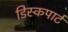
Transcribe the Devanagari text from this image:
डिस्कपार्ट